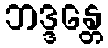
ဘဒ္ဒန္တေ